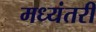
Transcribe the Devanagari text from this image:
मध्यंतरीं